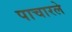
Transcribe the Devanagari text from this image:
पाचारले